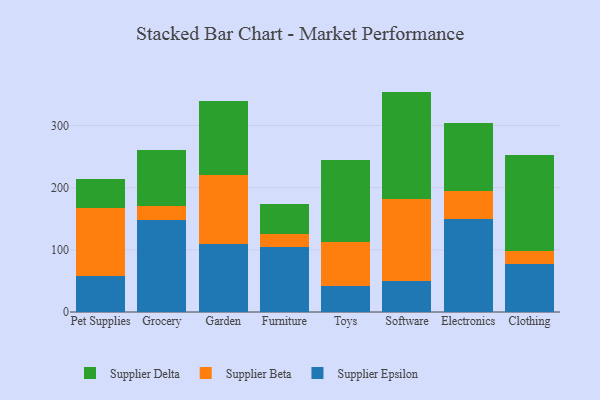
{"axis": {"x": "Category", "y": "Satisfaction Score"}, "legend": ["Supplier Beta", "Supplier Delta", "Supplier Epsilon"], "data": [{"x": "Pet Supplies", "y": 57.4, "type": "Supplier Epsilon"}, {"x": "Pet Supplies", "y": 109.9, "type": "Supplier Beta"}, {"x": "Pet Supplies", "y": 46.6, "type": "Supplier Delta"}, {"x": "Grocery", "y": 148.5, "type": "Supplier Epsilon"}, {"x": "Grocery", "y": 22.7, "type": "Supplier Beta"}, {"x": "Grocery", "y": 88.8, "type": "Supplier Delta"}, {"x": "Garden", "y": 109.0, "type": "Supplier Epsilon"}, {"x": "Garden", "y": 111.5, "type": "Supplier Beta"}, {"x": "Garden", "y": 119.1, "type": "Supplier Delta"}, {"x": "Furniture", "y": 103.9, "type": "Supplier Epsilon"}, {"x": "Furniture", "y": 21.1, "type": "Supplier Beta"}, {"x": "Furniture", "y": 48.6, "type": "Supplier Delta"}, {"x": "Toys", "y": 42.0, "type": "Supplier Epsilon"}, {"x": "Toys", "y": 70.8, "type": "Supplier Beta"}, {"x": "Toys", "y": 132.4, "type": "Supplier Delta"}, {"x": "Software", "y": 49.8, "type": "Supplier Epsilon"}, {"x": "Software", "y": 132.1, "type": "Supplier Beta"}, {"x": "Software", "y": 172.7, "type": "Supplier Delta"}, {"x": "Electronics", "y": 149.7, "type": "Supplier Epsilon"}, {"x": "Electronics", "y": 44.4, "type": "Supplier Beta"}, {"x": "Electronics", "y": 109.4, "type": "Supplier Delta"}, {"x": "Clothing", "y": 76.8, "type": "Supplier Epsilon"}, {"x": "Clothing", "y": 21.1, "type": "Supplier Beta"}, {"x": "Clothing", "y": 154.1, "type": "Supplier Delta"}]}